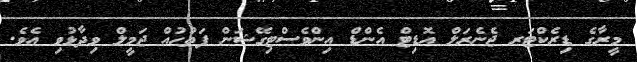
މީރާގެ ޑިރެކްޓަރ ޖެނެރަލް އޮޑިޓް އެންޑް އިންވެސްޓިގޭޝަން ފަތުހުއް ޖަމީލް ވިދާޅުވި އެވެ.